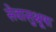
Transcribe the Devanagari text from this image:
सेवासुश्रूषा